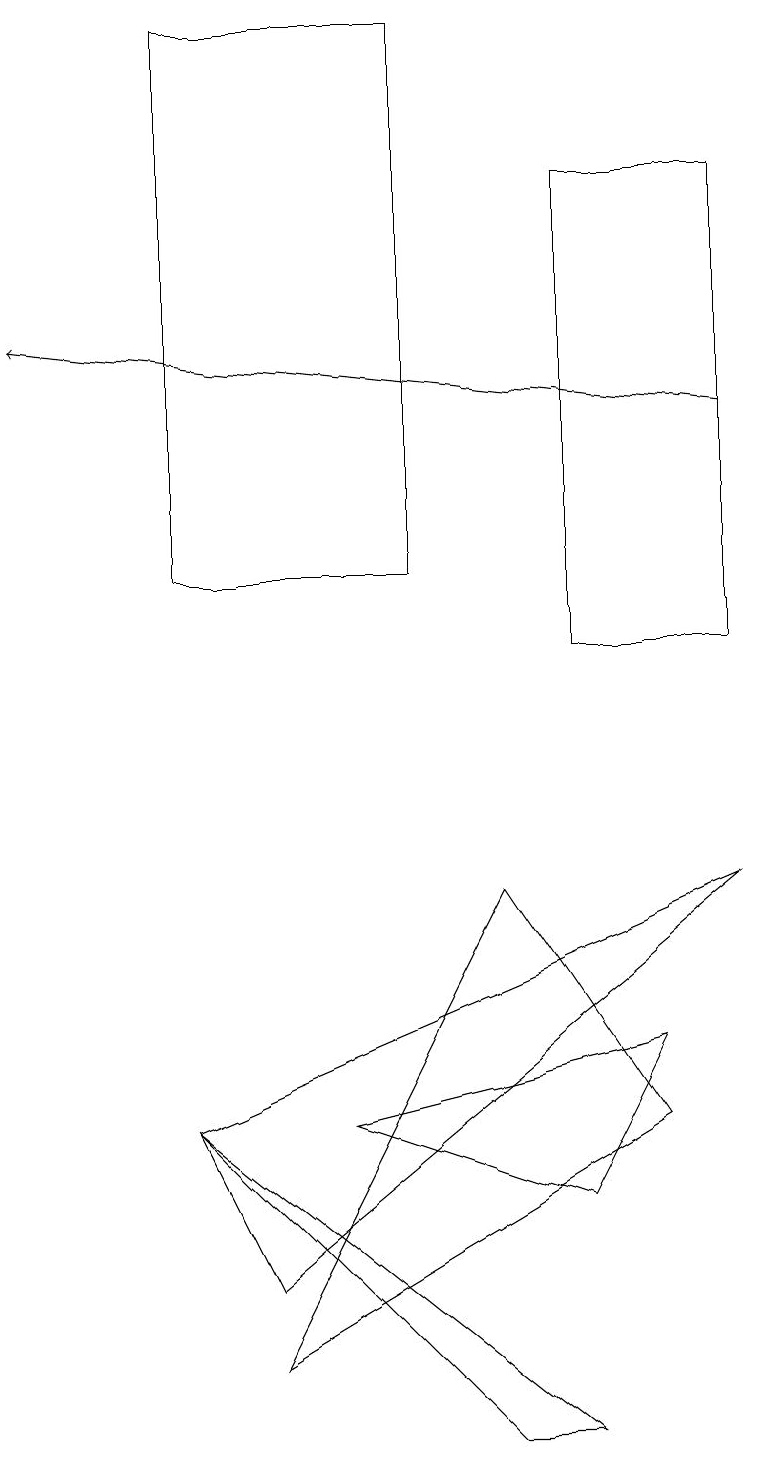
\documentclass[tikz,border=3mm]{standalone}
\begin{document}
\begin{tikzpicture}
\draw (9,7) -- (2,4) -- (3,2) -- cycle;
\draw[->] (9,13) -- (0,14);
\draw (6,7) -- (3,1) -- (8,4) -- cycle;
\draw (6,0) -- (7,0) -- (2,4) -- cycle;
\draw (7,16) rectangle (9,10);
\draw (2,11) rectangle (5,18);
\draw (8,5) -- (4,4) -- (7,3) -- cycle;
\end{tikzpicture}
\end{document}